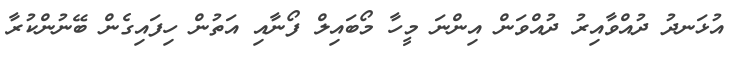
އުޅަނދު ދުއްވާއިރު ދުއްވަން އިންނަ މީހާ މޯބައިލް ފޯނާއި އަތުން ހިފައިގެން ބޭނުންކުރާ